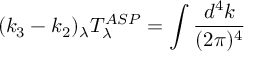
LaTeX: ( k _ { 3 } - k _ { 2 } ) _ { \lambda } T _ { \lambda } ^ { A S P } = \int \frac { d ^ { 4 } k } { ( 2 \pi ) ^ { 4 } }